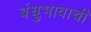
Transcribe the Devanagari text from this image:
बंधुभावाची